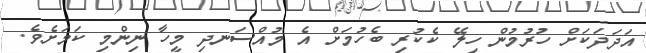
އަދަދަކަށް ހުރުމުން ހިލޭ ކެކުރި ބެހުމަށް އެ މުއްސަނދި މީހާ ނިންމި ކަމަށެވެ.